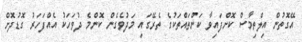
އޭގޮތުން އިލްތިމާސް ކޮށްފައިވާ ކަންތައްތަކުގެ ތެރޭގައި މަދުވެގެން ކޮންމެ ދުވަހަކު އެއްފަހަރު ގޮޑުދޮށް